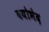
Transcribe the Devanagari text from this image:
वयोभेद